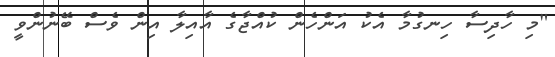
"މި ހާދިސާ ހިނގުމާ އެކު އަންހެން ކުއްޖާގެ އާއިލާ އިން ވެސް ބޭނުންވީ